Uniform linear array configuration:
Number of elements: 16
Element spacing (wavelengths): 1
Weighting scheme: cosine
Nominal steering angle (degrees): -60
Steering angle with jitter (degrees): -61.337
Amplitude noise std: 0.05
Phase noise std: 0.05

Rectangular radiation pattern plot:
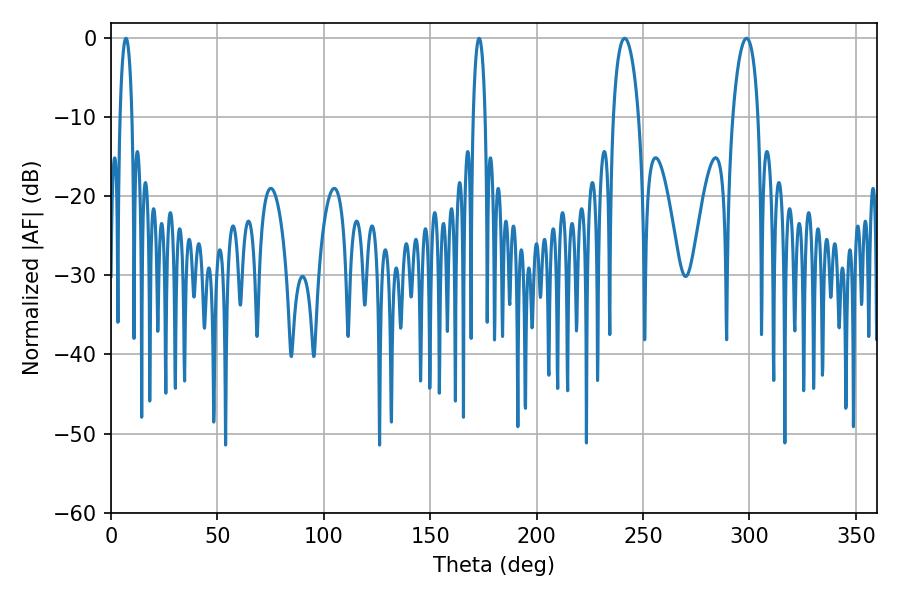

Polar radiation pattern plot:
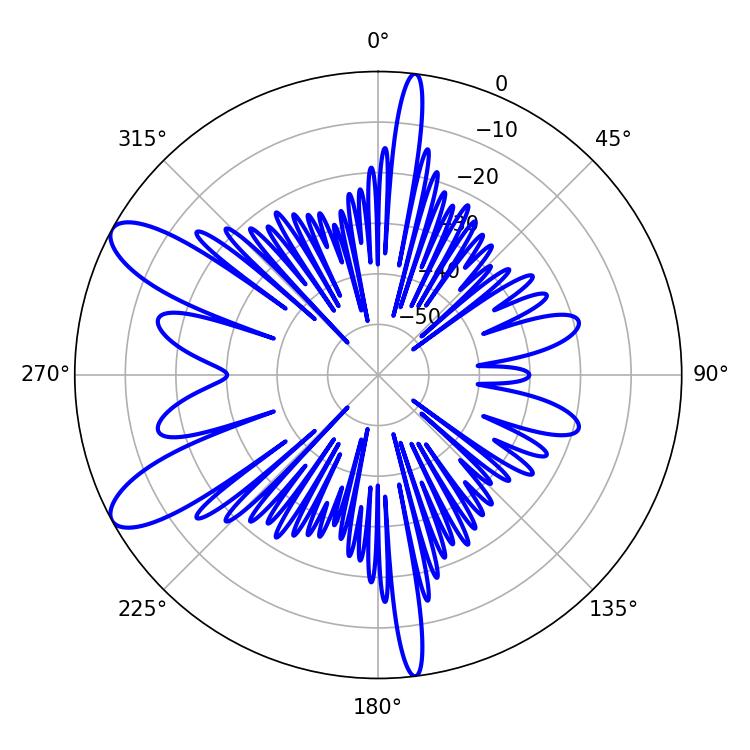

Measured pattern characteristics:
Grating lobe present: TRUE
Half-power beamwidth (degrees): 3.24
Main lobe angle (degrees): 7.02